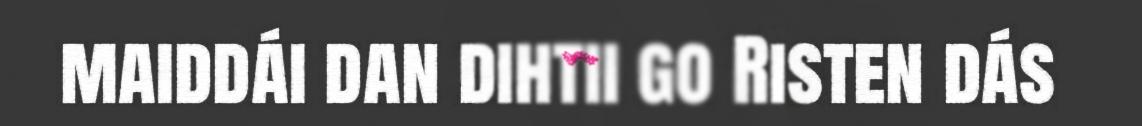
maiddái dan dihtii go Risten dás